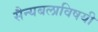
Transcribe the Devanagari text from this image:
सैन्यबलाविषयी